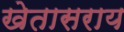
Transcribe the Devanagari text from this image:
खेतासराय